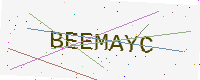
Text: BEEMAYC